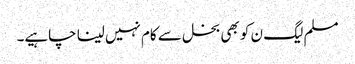
مسلم لیگ ن کو بھی بخل سے کام نہیں لینا چاہیے۔